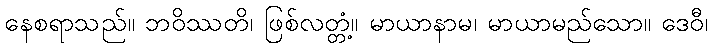
နေစရာသည်။ ဘဝိဿတိ၊ ဖြစ်လတ္တံ့။ မာယာနာမ၊ မာယာမည်သော။ ဒေဝီ၊